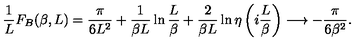
\frac { 1 } { L } F _ { B } ( \beta , L ) = \frac { \pi } { 6 L ^ { 2 } } + \frac { 1 } { \beta L } \ln { \frac { L } { \beta } } + \frac { 2 } { \beta L } \ln { \eta \left( i \frac { L } { \beta } \right) } \longrightarrow - \frac { \pi } { 6 \beta ^ { 2 } } .